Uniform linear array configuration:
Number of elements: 64
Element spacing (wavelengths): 1
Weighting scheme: cosine
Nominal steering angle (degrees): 45
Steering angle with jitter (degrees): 45.986
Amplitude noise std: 0.05
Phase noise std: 0.05

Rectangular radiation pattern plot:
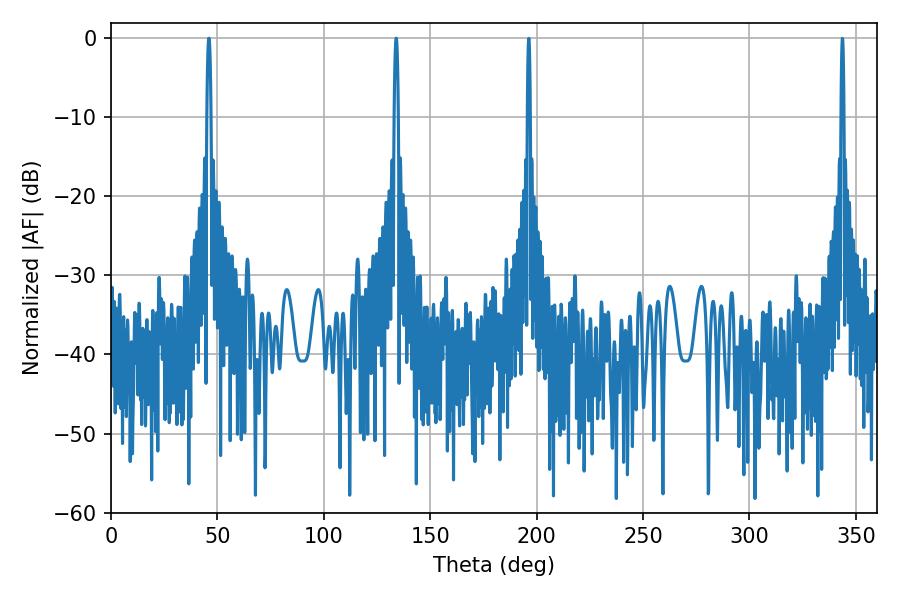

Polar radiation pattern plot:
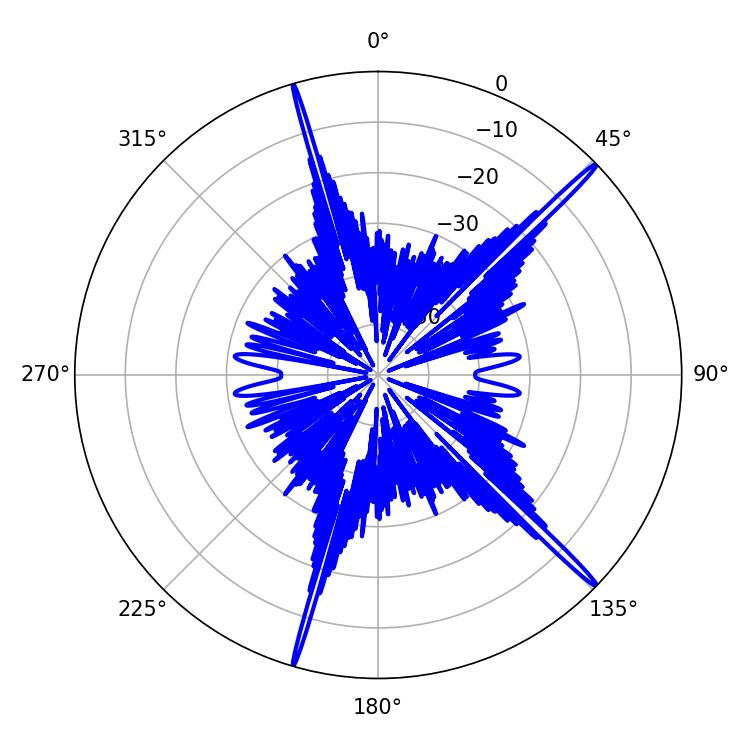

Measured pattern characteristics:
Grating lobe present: TRUE
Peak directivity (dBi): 19.272
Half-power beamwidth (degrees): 0.9
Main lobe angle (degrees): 45.9